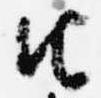
由